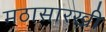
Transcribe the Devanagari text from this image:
मठासारखी